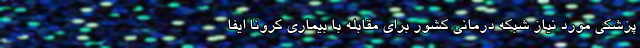
پزشکی مورد نیاز شبکه درمانی کشور برای مقابله با بیماری کرونا ایفا